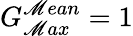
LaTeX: G_{\mathscr{M}ax}^{\mathscr{M}ean}=1